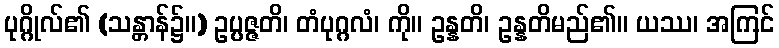
ပုဂ္ဂိုလ်၏ (သန္တာန်၌။) ဥပ္ပဇ္ဇတိ၊ တံပုဂ္ဂလံ၊ ကို။ ဥန္နတိ၊ ဥန္နတိမည်၏။ ယဿ၊ အကြင်